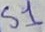
Text: S1